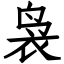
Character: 袅